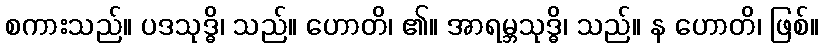
စကားသည်။ ပဒသုဒ္ဓိ၊ သည်။ ဟောတိ၊ ၏။ အာရမ္ဘသုဒ္ဓိ၊ သည်။ န ဟောတိ၊ ဖြစ်။